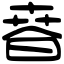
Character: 𣇸